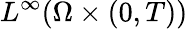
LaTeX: L^{\infty}(\Omega\times(0,T))